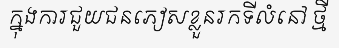
ក្នុងការជួយជនភៀសខ្លួនរកទីលំនៅ ថ្មី